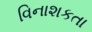
વિનાશકતા